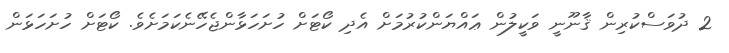
2 ދުވަސްކުރިން ޤާނޫނީ ވަކީލުން ޢައްޔަންކުރުމަށް އެދި ކޯޓަށް ހުށަހަޅާންޖެހޭނެކަމަށެވެ. ކޯޓަށް ހުށަހަޅަން